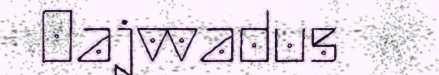
Oajvvadus